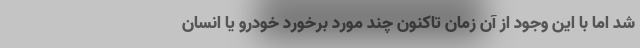
شد اما با این وجود از آن زمان تاکنون چند مورد برخورد خودرو یا انسان